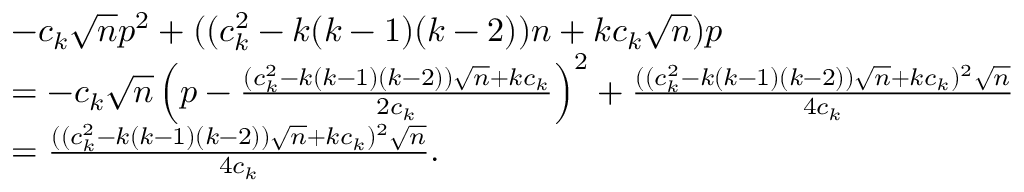
\begin{array} { r l } & { - c _ { k } \sqrt { n } p ^ { 2 } + ( ( c _ { k } ^ { 2 } - k ( k - 1 ) ( k - 2 ) ) n + k c _ { k } \sqrt { n } ) p } \\ & { = - c _ { k } \sqrt { n } \left( p - \frac { ( c _ { k } ^ { 2 } - k ( k - 1 ) ( k - 2 ) ) \sqrt { n } + k c _ { k } } { 2 c _ { k } } \right) ^ { 2 } + \frac { ( ( c _ { k } ^ { 2 } - k ( k - 1 ) ( k - 2 ) ) \sqrt { n } + k c _ { k } ) ^ { 2 } \sqrt { n } } { 4 c _ { k } } } \\ & { = \frac { ( ( c _ { k } ^ { 2 } - k ( k - 1 ) ( k - 2 ) ) \sqrt { n } + k c _ { k } ) ^ { 2 } \sqrt { n } } { 4 c _ { k } } . } \end{array}